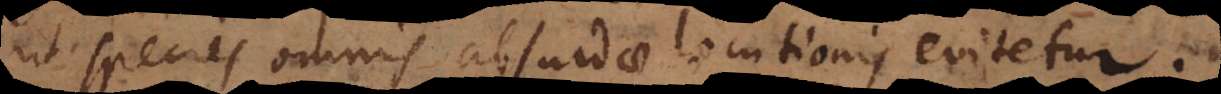
ut species omnis absurdae locutionis evitetur.